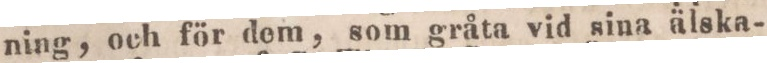
ning, och för dem, som gråta vid sina älska-